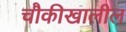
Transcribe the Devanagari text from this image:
चौकीखालील